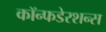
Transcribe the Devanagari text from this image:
कॉन्फडेरशन्स